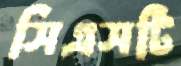
সিএসটি